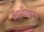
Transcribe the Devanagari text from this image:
विर्लोज्युक्स